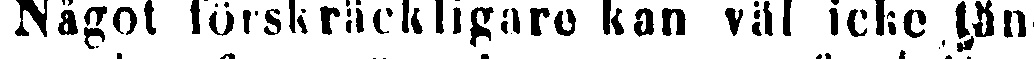
Något förskräckligare kan väl icke tän-